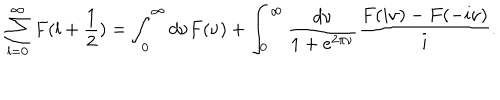
LaTeX: \sum _ { l = 0 } ^ { \infty } F ( l + \frac 1 2 ) = \int _ { 0 } ^ { \infty } d \nu F ( \nu ) + \int _ { 0 } ^ { \infty } \frac { d \nu } { 1 + e ^ { 2 \pi \nu } } \frac { F ( i \nu ) - F ( - i \nu ) } { i } .